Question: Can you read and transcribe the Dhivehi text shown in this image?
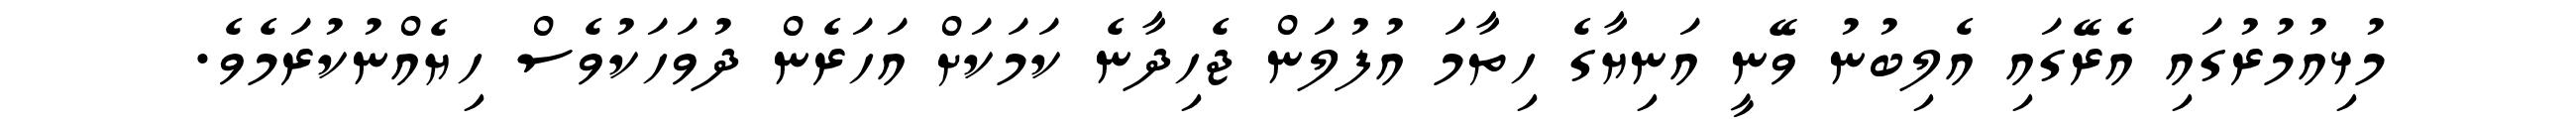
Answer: މުޅިއުމުރުގައި އެރޭގައި އެލިބުނު ވޭނީ އަނިޔާގެ ހިތާމަ އުފުލަން ޖެހިދާނެ ކަމަކަށް އަހަރެން ދުވަހަކުވެސް ހިޔެއްނުކުރަމެވެ.